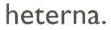
heterna.